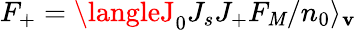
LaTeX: F_{+}=\langleJ_{0}J_{s}J_{+}F_{\mathit{M}}/n_{0}\rangle_{\mathbf{v}}